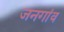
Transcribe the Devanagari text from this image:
जनगांव